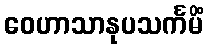
ဝေဟာသာနုပသင်္ကမိံ